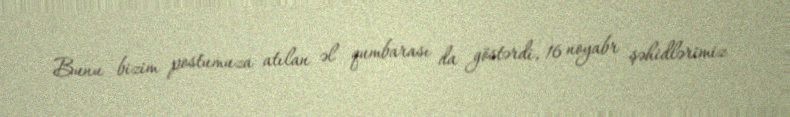
Bunu bizim postumuza atılan əl qumbarası da göstərdi, 16 noyabr şəhidlərimiz